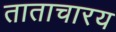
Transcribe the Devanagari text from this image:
ताताचारय